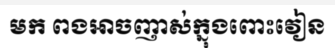
មក ពងអាចញាស់ក្នុងពោះវៀន